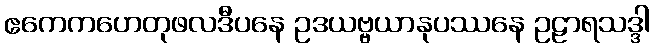
ဧကေကဟေတုဖလဒီပနေ ဥဒယဗ္ဗယာနုပဿနေ ဥဠာရသဒ္ဒါ